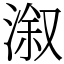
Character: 溆